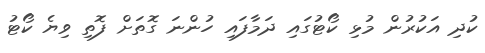
ކުދި އަކުރުން މުޅި ކޯޓުގައި ދަމާފައި ހުންނަ ގޮތަށް ފޮތި ވިޔެ ކޯޓު